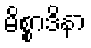
မိစ္စာဒိနာ